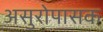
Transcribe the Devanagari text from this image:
असुरोपासक